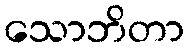
သောဘိတာ